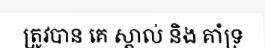
ត្រូវបាន គេ ស្គាល់ និង គាំទ្រ